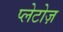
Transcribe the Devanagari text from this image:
प्लेटोज़